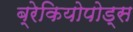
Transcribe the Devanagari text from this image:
ब्रेकियोपोड्स